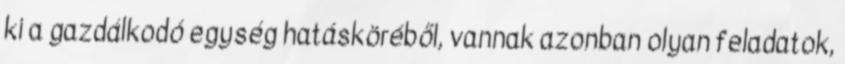
ki a gazdálkodó egység hatásköréből, vannak azonban olyan feladatok,